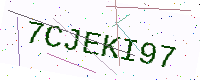
Text: 7CJEKI97